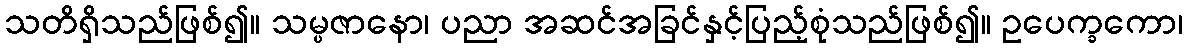
သတိရှိသည်ဖြစ်၍။ သမ္ပဇာနော၊ ပညာ အဆင်အခြင်နှင့်ပြည့်စုံသည်ဖြစ်၍။ ဥပေက္ခကော၊